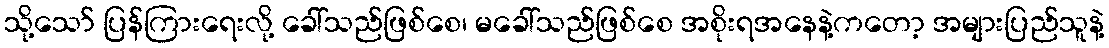
သို့သော် ပြန်ကြားရေးလို့ ခေါ်သည်ဖြစ်စေ၊ မခေါ်သည်ဖြစ်စေ အစိုးရအနေနဲ့ကတော့ အများပြည်သူနဲ့